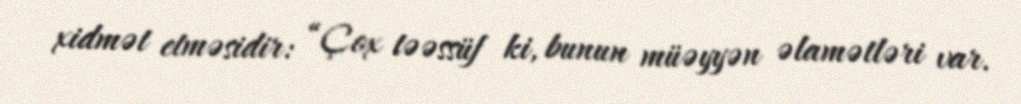
xidmət etməsidir: “Çox təəssüf ki, bunun müəyyən əlamətləri var.